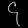
Digit: ၄